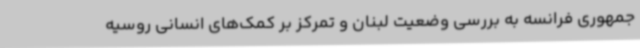
جمهوری فرانسه به بررسی وضعیت لبنان و تمرکز بر کمک‌های انسانی روسیه